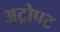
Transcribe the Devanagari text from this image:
अट्रोपट